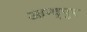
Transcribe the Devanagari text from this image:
आन्द्पुर